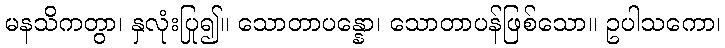
မနသိကတွာ၊ နှလုံးပြု၍။ သောတာပန္နော၊ သောတာပန်ဖြစ်သော။ ဥပါသကော၊